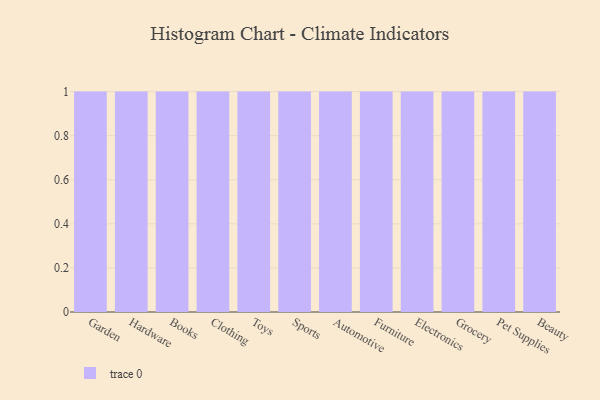
{"axis": {"x": "Category", "y": "Satisfaction Score"}, "legend": [""], "data": [{"x": "Garden", "y": 91, "type": ""}, {"x": "Hardware", "y": 13, "type": ""}, {"x": "Books", "y": 28, "type": ""}, {"x": "Clothing", "y": 78, "type": ""}, {"x": "Toys", "y": 56, "type": ""}, {"x": "Sports", "y": 55, "type": ""}, {"x": "Automotive", "y": 61, "type": ""}, {"x": "Furniture", "y": 73, "type": ""}, {"x": "Electronics", "y": 52, "type": ""}, {"x": "Grocery", "y": 93, "type": ""}, {"x": "Pet Supplies", "y": 6, "type": ""}, {"x": "Beauty", "y": 47, "type": ""}]}